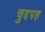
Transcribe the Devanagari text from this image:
चुद्दपह